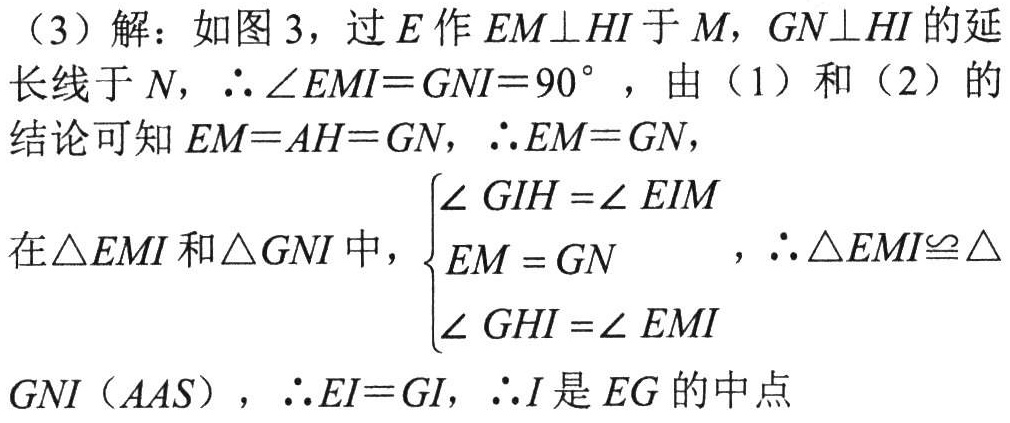
（3）解：如图 3，过\(E\)作\(EM\perp HI\)于\(M\)，\(GN\perp HI\)的延长线于\(N\)，\(\therefore \angle EMI = GNI = 90^{\circ}\)，由（1）和（2）的结论可知\(EM = AH = GN\)，\(\therefore EM = GN\)，

在\(\triangle EMI\)和\(\triangle GNI\)中，\(\begin{cases}

\angle GIH=\angle EIM\\

EM = GN\\

\angle GHI=\angle EMI

\end{cases}\)，\(\therefore \triangle EMI\cong\triangle GNI(AAS)\)，\(\therefore EI = GI\)，\(\therefore I\)是\(EG\)的中点